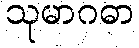
သုမာဂဓာ